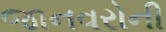
જાનવરોની